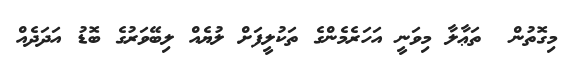
މިގޮތުން  ތަޢާލާ މިވަނީ އަހަރެމެންގެ ތަކުލީފަށް ލުޔެއް ލިބޭވަރުގެ ބޮޑު އަދަދެއް